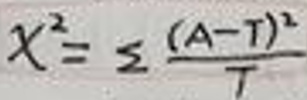
\[
\chi^{2}=\sum\frac{(A - T)^{2}}{T}
\]